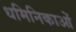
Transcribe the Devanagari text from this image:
धमिनिकाओं